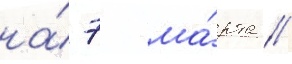
на́ 7 ма́рта //